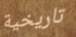
تاريخية